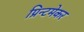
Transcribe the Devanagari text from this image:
प्रिन्टमेकर